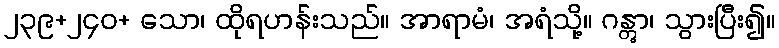
၂၃၉+၂၄၀+ သော၊ ထိုရဟန်းသည်။ အာရာမံ၊ အရံသို့။ ဂန္တွာ၊ သွားပြီး၍။